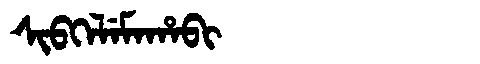
Manchu: ᠰᡳᠪᡴᡝᠯᡝᠮᠠᡥᠠᠪᡳ
Romanization: SIBKELEMAHABI